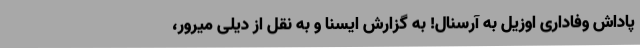
پاداش وفاداری اوزیل به آرسنال! به گزارش ایسنا و به نقل از دیلی میرور،